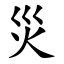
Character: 災